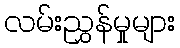
လမ်းညွှန်မှုများ